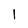
Character: l